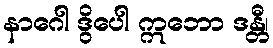
နာဂေါ ဒွိပေါ ဣဘော ဒန္တီ၊